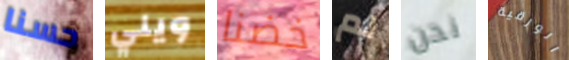
حسنا ويلي خضنا لم نحن الورقية